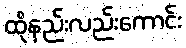
ထိုနည်းလည်းကောင်း